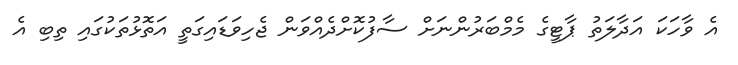
އެ ވާހަކަ އަދާލަތު ޕާޓީގެ މެމްބަރުންނަށް ސާފުކޮށްދެއްވަން ޖެހިވަޑައިގަތީ އަތޮޅުތަކުގައި ތިބި އެ